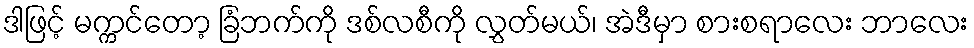
ဒါဖြင့် မက္ကင်တော့ ခြံဘက်ကို ဒစ်လစီကို လွှတ်မယ်၊ အဲဒီမှာ စားစရာလေး ဘာလေး